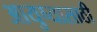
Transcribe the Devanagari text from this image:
आयुष्यासाठी